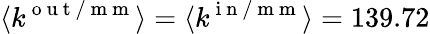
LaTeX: \langle k^{\mathrm{~o~u~t~/~m~m~}}\rangle=\langle k^{\mathrm{~i~n~/~m~m~}}\rangle=139.72